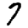
Digit: 7